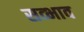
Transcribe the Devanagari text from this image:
सव्भाव